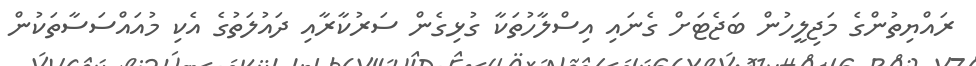
ރައްޔިތުންގެ މަޖިލީހުން ބަޖެޓަށް ގެނައި އިސްލާހުތަކާ ގުޅިގެން ސަރުކާރާއި ދައުލަތުގެ އެކި މުއައްސަސާތަކުން